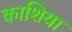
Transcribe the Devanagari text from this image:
काशिया